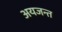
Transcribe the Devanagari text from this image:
अयजन्त